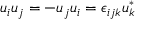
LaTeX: u _ { i } u _ { j } = - u _ { j } u _ { i } = \epsilon _ { i j k } u _ { k } ^ { * }